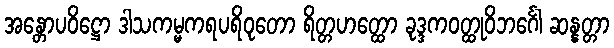
အန္တောပဝိဋ္ဌော ဒါသကမ္မကရပရိဝုတော ရိတ္တဟတ္ထော ခုဒ္ဒကဝတ္ထုဝိဘင်္ဂေါ ဆန္နတ္တာ